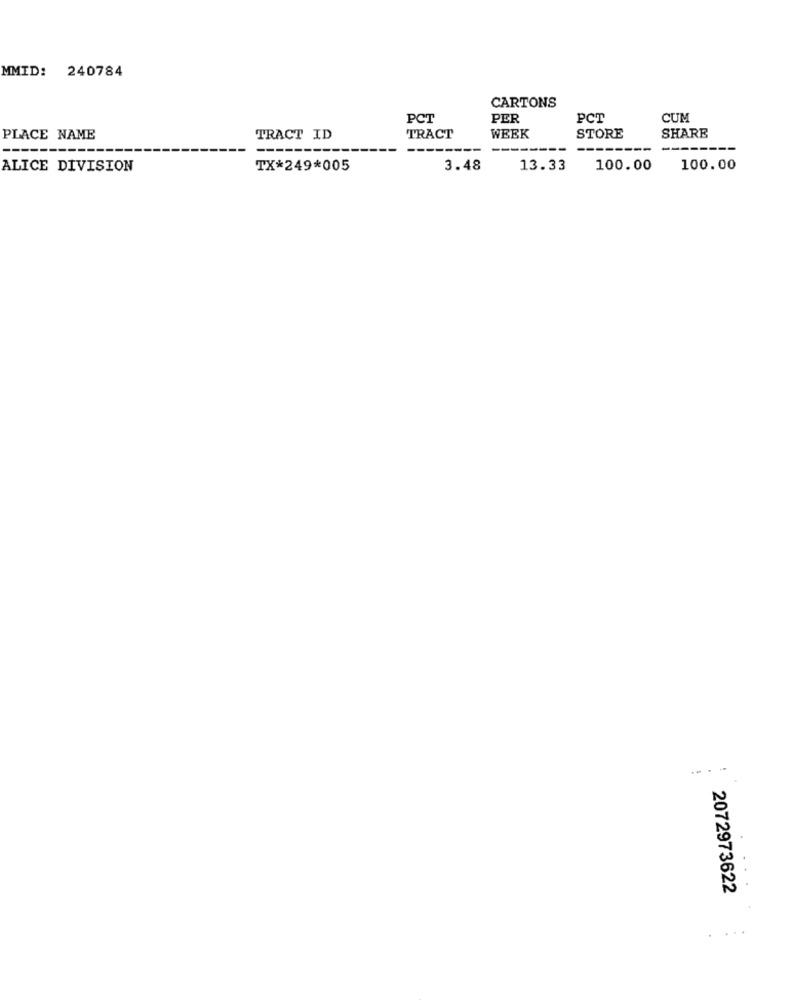
MMID: 240784
CARTONS
PCT
PER
PCT
CUM
PLACE NAME
TRACT ID
TRACT
WEEK
STORE
SHARE
--------
ALICE DIVISION
TX*249*005
3.48
13.33
100.00
100.00
2072973622
...